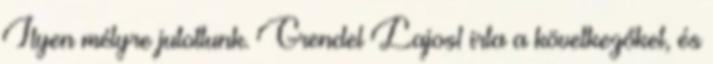
Ilyen mélyre jutottunk. Grendel Lajos1 irta a következőket, és